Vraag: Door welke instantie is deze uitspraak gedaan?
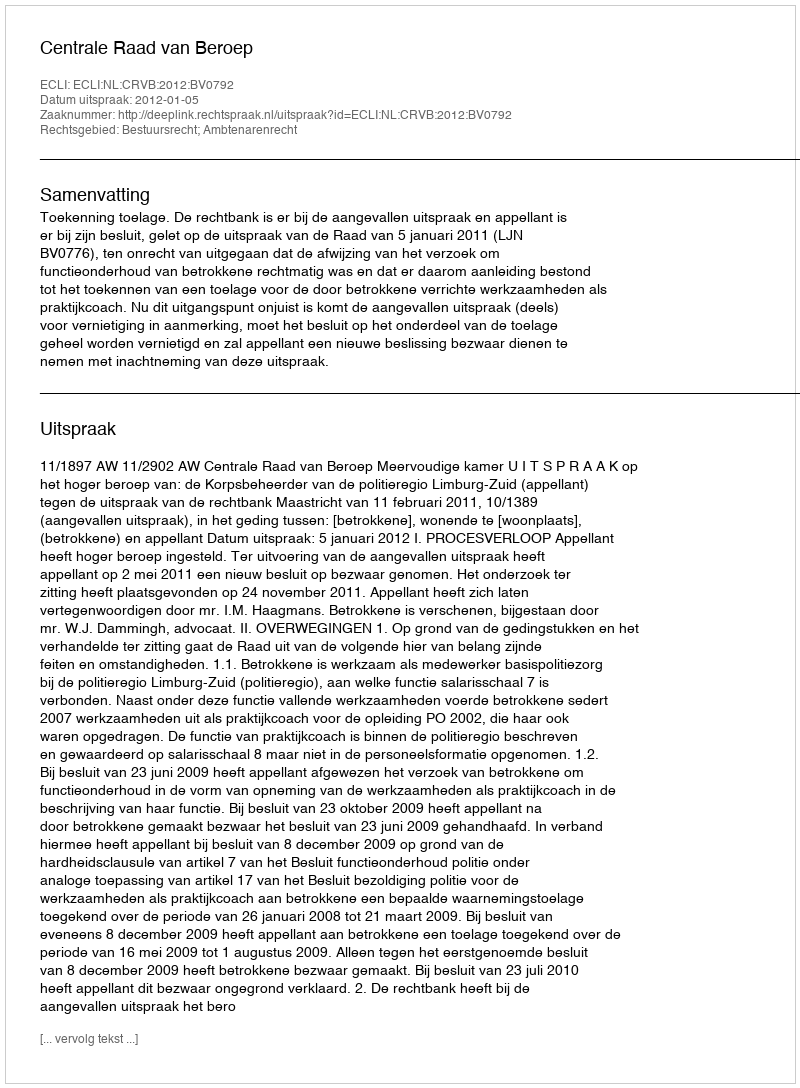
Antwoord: Centrale Raad van Beroep